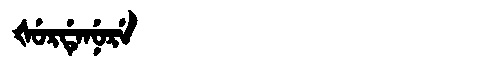
Manchu: ᡧᡠᡵᡩᡝᠨᡠᡵᡝ
Romanization: ŠURDENURE